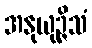
အနုယုဉ္ဇိသံ